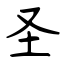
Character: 圣